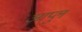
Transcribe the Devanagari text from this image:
आप्लु